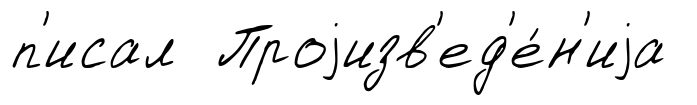
п'исал Проjизв'ед'е́н'иjа